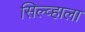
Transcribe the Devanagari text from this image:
सिल्व्हाला